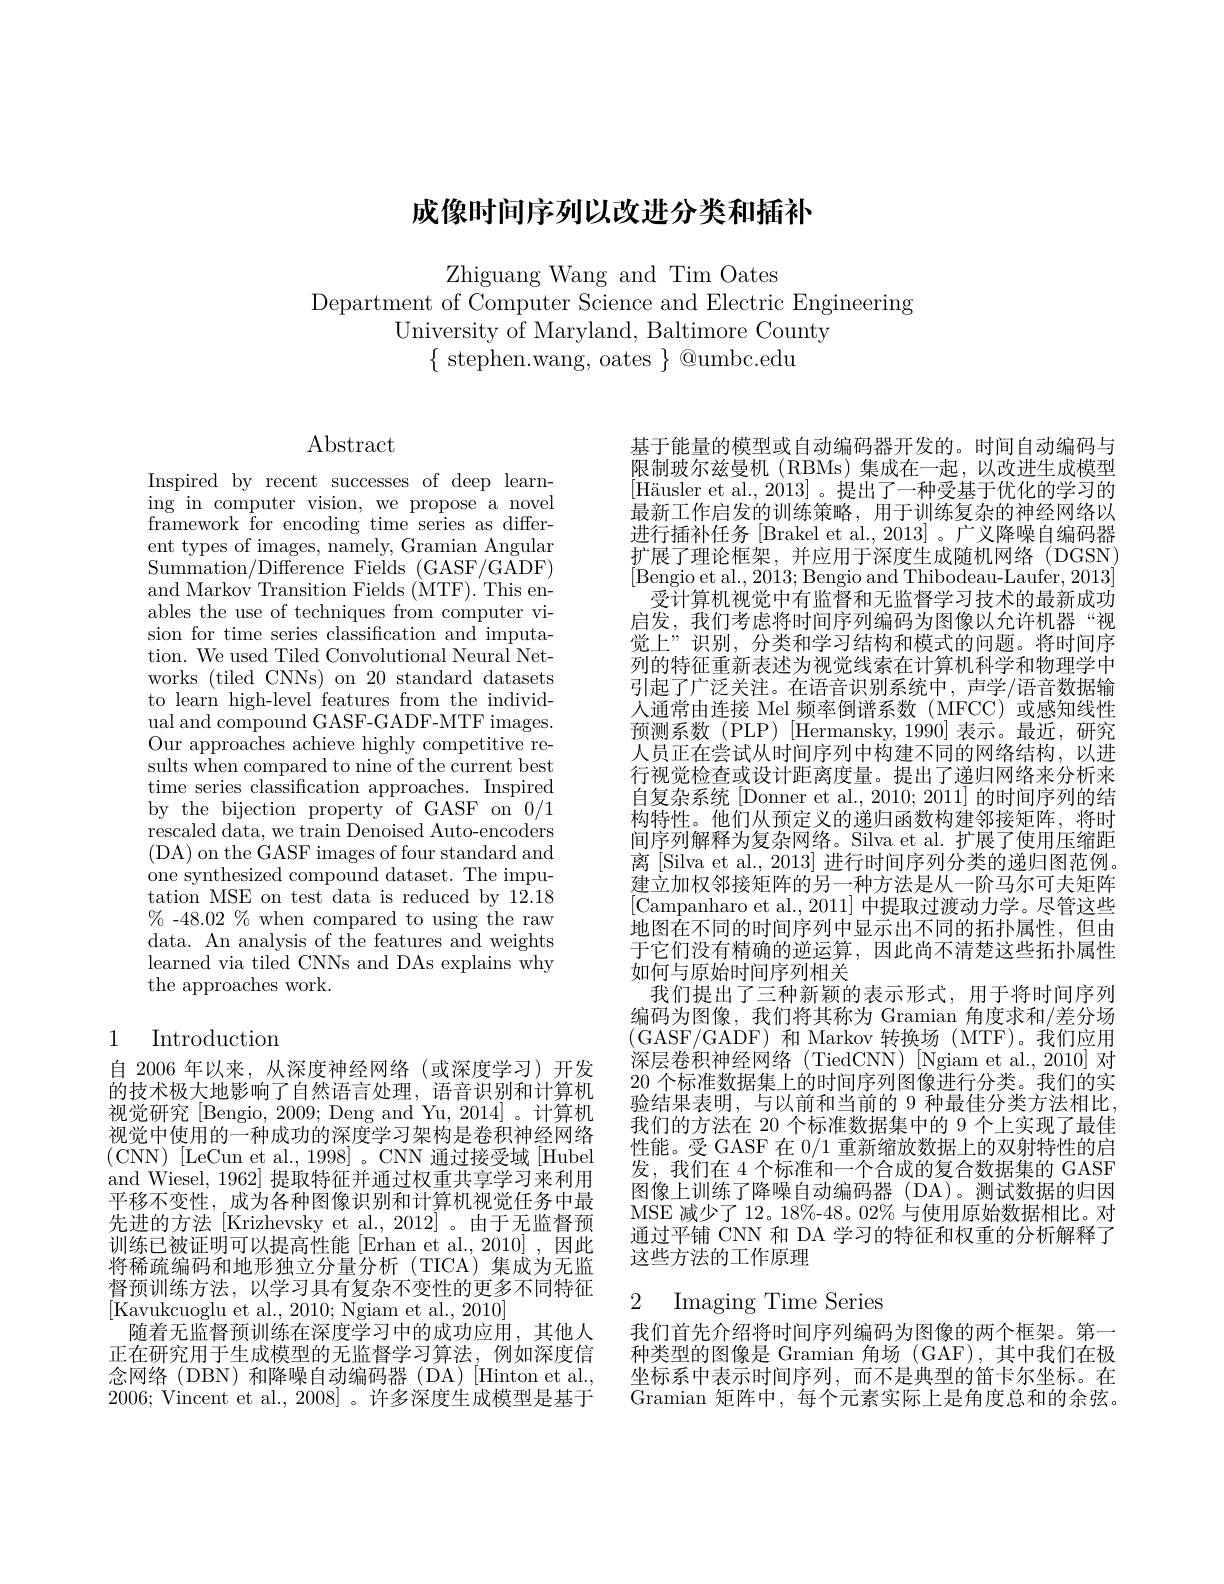
# 成像时间序列以改进分类和插补

Zhiguang Wang and Tim Oates
Department of Computer Science and Electric Engineering
University of Maryland, Baltimore County
$\{$stephen.wang, oates$\}$@umbc.edu

$\operatorname{Abstract}$

Inspired by recent successes of deep learn- $\operatorname*{ing}_{c}$in computer vision, we propose a novel framework for encoding time series as different types of images, namely, Gramian Angular Summation/Difference Fields (GASF/GADF) and Markov Transition Fields (MTF). This enables the use of techniques from computer vision for time series classification and imputation. We used Tiled Convolutional Neural Networks (tiled CNNs) on 20 standard datasets to learn high-level features from the individual and compound GASF- GADF- MTF images. Our approaches achieve highly competitive results when compared to nine of the current best time series classification approaches. Inspired by the bijection property of GASF on 0/1 rescaled data, we train Denoised Auto-encoders (DA) on the GASF images of four standard and one synthesized compound dataset. The imputation MSE on test data is reduced by 12.18 $\%-48.02\%$ when compared to using the raw data. An analysis of the features and weights learned via tiled CNNs and DAs explains why the approaches work.

## 1 Introduction

自 2006 年以来，从深度神经网络(或深度学习)开发的技术极大地影响了自然语言处理，语音识别和计算机视觉研究[Bengio,2009;Deng and Yu,2014]。计算机视觉中使用的一种成功的深度学习架构是卷积神经网络(CNN)[LeCun et al., 1998]。CNN通过接受域[Hubel and Wiesel, 1962] 提取特征并通过权重共享学习来利用平移不变性，成为各种图像识别和计算机视觉任务中最先进的方法 [Krizhevsky et al., 2012]。由于无监督预训练已被证明可以提高性能[Erhan et al.,2010] ,因此将稀疏编码和地形独立分量分析(TICA)集成为无监督预训练方法，以学习具有复杂不变性的更多不同特征[Kavukcuoglu et al., 2010; Ngiam et al., 2010]
随着无监督预训练在深度学习中的成功应用，其他人正在研究用于生成模型的无监督学习算法，例如深度信念网络(DBN)和降噪自动编码器(DA)[Hinton et al., 2006;Vincent et al., 2008]。许多深度生成模型是基于

基于能量的模型或自动编码器开发的。时间自动编码与限制玻尔兹曼机 (RBMs)集成在一起，以改进生成模型$[ \text{H\" {a}usleretal. , 2013] 。提 出 了 一 种 受 基 于 优 化 的 学 习 的 }$ 最新工作启发的训练策略，用于训练复杂的神经网络以进行插补任务 [Brakel et al., 2013] 。广义降噪自编码器扩展了理论框架，并应用于深度生成随机网络(DGSN)
受计算机视觉中有监督和无监督学习技术的最新成功启发，我们考虑将时间序列编码为图像以允许机器“视觉上”识别，分类和学习结构和模式的问题。将时间序列的特征重新表述为视觉线索在计算机科学和物理学中引起了广泛关注。在语音识别系统中，声学/语音数据输人通常由连接 Mel 频率倒谱系数( MFCC)或感知线性预测系数(PLP)[Hermansky,1990]表示。最近，研究人员正在尝试从时间序列中构建不同的网络结构，以进行视觉检查或设计距离度量。提出了递归网络来分析来自复杂系统[Donner et al., 2010; 2011] 的时间序列的结构特性。他们从预定义的递归函数构建邻接矩阵，将时间序列解释为复杂网络。Silva et al. 扩展了使用压缩距离 [Silva et al., 2013] 进行时间序列分类的递归图范例。建立加权邻接矩阵的另一种方法是从一阶马尔可夫矩阵[Campanharo et al., 2011] 中提取过渡动力学。尽管这些地图在不同的时间序列中显示出不同的拓扑属性，但由于它们没有精确的逆运算，因此尚不清楚这些拓扑属性如何与原始时间序列相关
我们提出了三种新颖的表示形式，用于将时间序列编码为图像，我们将其称为 Gramian 角度求和/差分场(GASF/GADF)和 Markov 转换场 (MTF)。我们应用深层卷积神经网络(TiedCNN)[Ngiam et al.,2010] 对20 个标准数据集上的时间序列图像进行分类。我们的实验结果表明，与以前和当前的 9 种最佳分类方法相比我们的方法在 20 个标准数据集中的 9 个上实现了最佳性能。受 GASF 在 0/1 重新缩放数据上的双射特性的启发，我们在 4 个标准和一个合成的复合数据集的 GASF 图像上训练了降噪自动编码器(DA)。测试数据的归因MSE 减少了 12。18%-48。02% 与使用原始数据相比。对通过平铺 CNN 和 DA 学习的特征和权重的分析解释了这些方法的工作原理

## 2 Imaging Time Series

我们首先介绍将时间序列编码为图像的两个框架。第一种类型的图像是 Gramian 角场 (GAF), 其中我们在极坐标系中表示时间序列，而不是典型的笛卡尔坐标。在$\overline{\mathrm{Gramian~}}$矩阵中，每个元素实际上是角度总和的余弦。